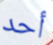
أحد